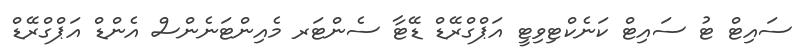
ސައިޓް ޓު ސައިޓް ކަނެކްޓިވިޓީ އަޕްގްރޭޑް ޑޭޓާ ސެންޓަރ މެއިންޓަނެންސް އެންޑް އަޕްގްރޭޑް